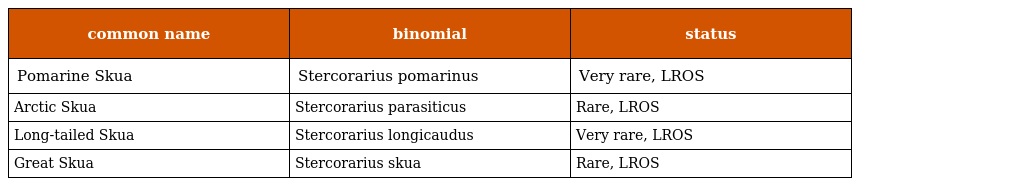
| common name | binomial | status |
 | --- | --- | --- |
 | Pomarine Skua | Stercorarius pomarinus | Very rare, LROS |
 | Arctic Skua | Stercorarius parasiticus | Rare, LROS |
 | Long-tailed Skua | Stercorarius longicaudus | Very rare, LROS |
 | Great Skua | Stercorarius skua | Rare, LROS |